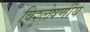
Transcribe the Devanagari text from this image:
विश्लेषणीय